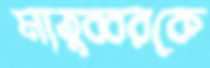
মাতুব্বরকে